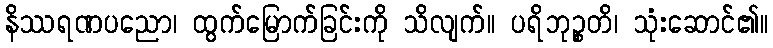
နိဿရဏပညော၊ ထွက်မြောက်ခြင်းကို သိလျက်။ ပရိဘုဉ္စတိ၊ သုံးဆောင်၏။